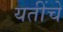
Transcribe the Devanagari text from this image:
यतींचे